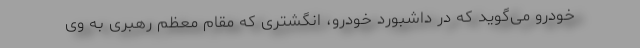
خودرو می‌گوید که در داشبورد خودرو، انگشتری که مقام معظم رهبری به وی